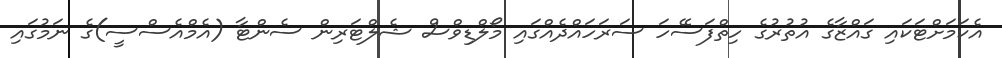
އެކަމަށްޓަކައި ގައްޒާގެ އުތުރުގެ ހިތްފަސޭހަ ސަރަހައްދެއްގައި މޯލްޑިވްސް ޝެލްޓަރިން ސެންޓާ (އެމްއެސްސީ)ގެ ނަމުގައި